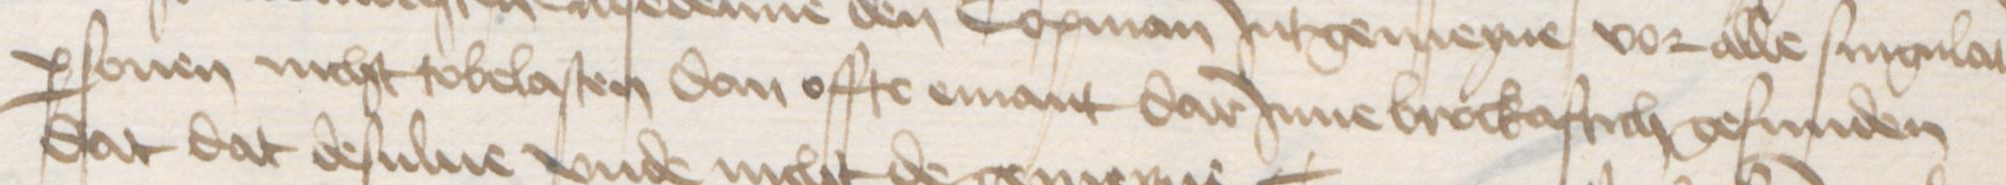
Transcription: personen nicht tobelasten dan offte emant darJnne brockaftich gefunden